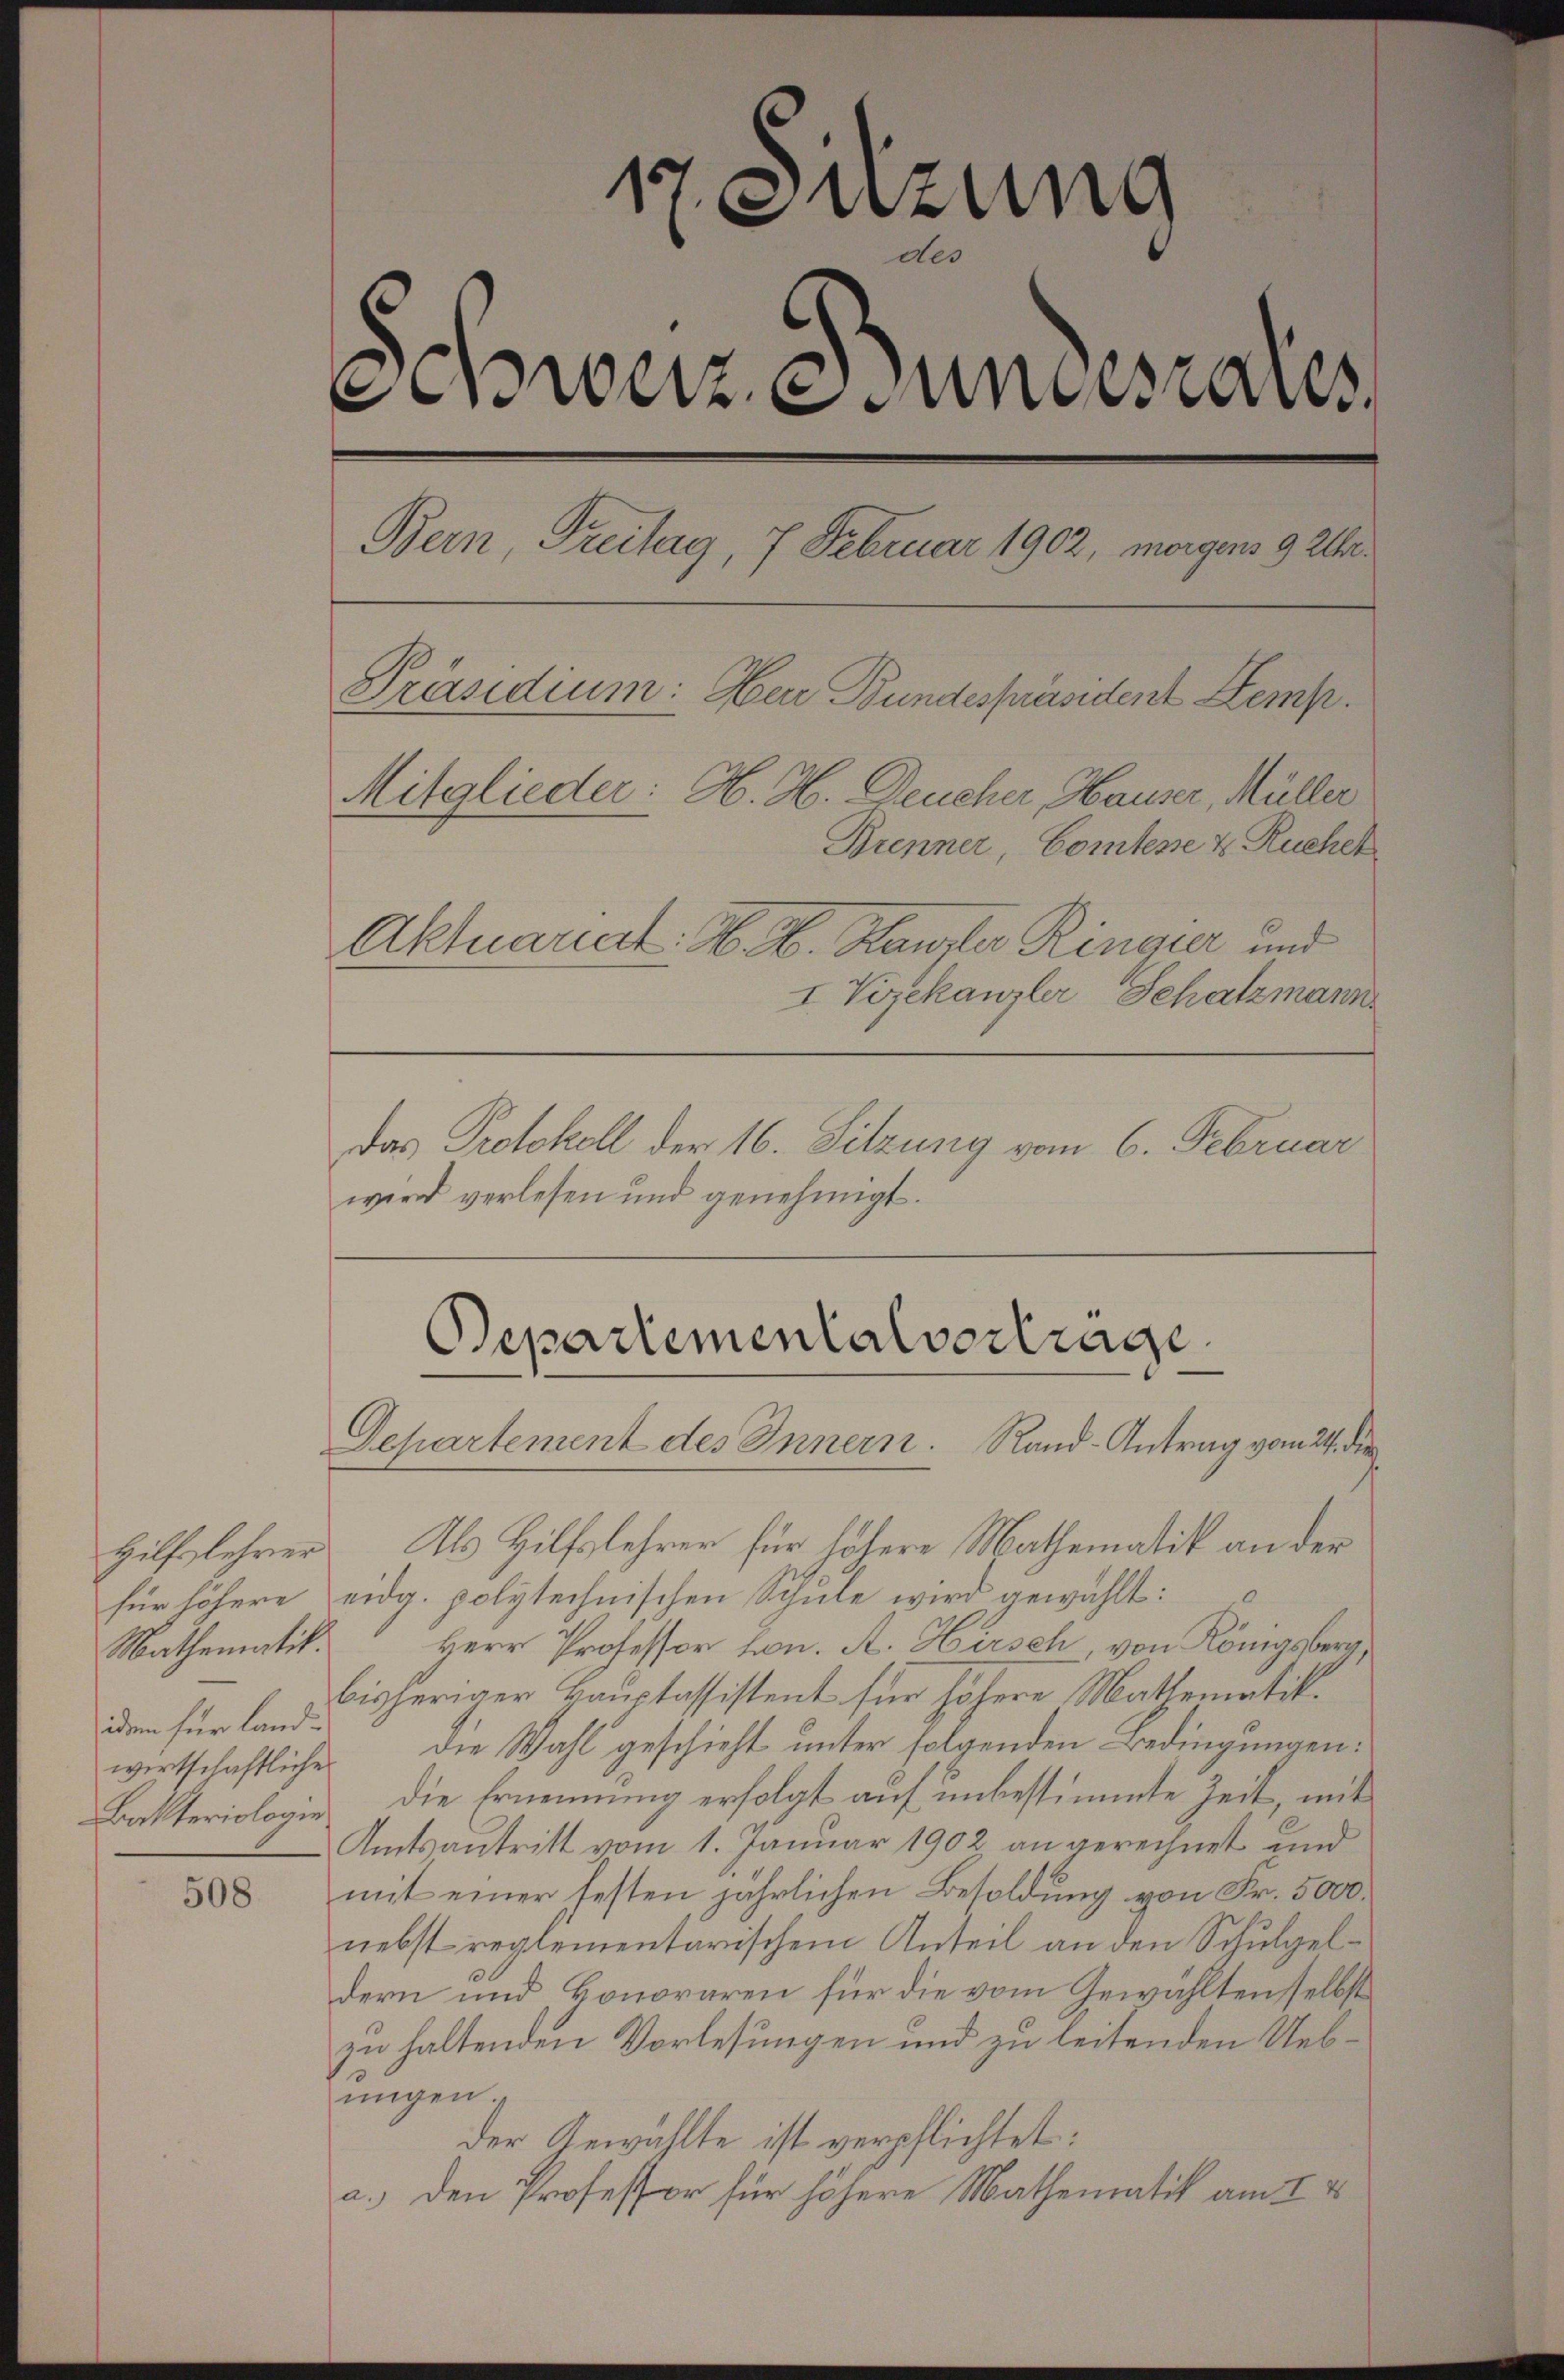
Hilfslehrer
Mathematik.
idem für Land¬
Bakteriologie

508

17. Suzung
d.
Swetz unsaus
Bern, Freitag, 7 Februar 1902, morgens 9 Uhr.
Präsidium: Herr Bundespräsident Stemp
Mitglieder: H. H. Deucher, Hauser, Müller
Brenner, Comtesse & Ruchet
Aktuariat. H. E. Kanzler Ringier und
I Vizekanzler, Schatzmann

Das Protokoll der 16. Sitzung vom 6. Februar
wird verlesen und genehmigt.

Separtementalvertrage
Departement des Innern. Rand-Antrag vom 24. die

Als Hilfslehrer für höhere Mathematik an der
für höhere eidg. polytechnischen Schule wird gewählt:
Herr Professor hon. A. Hirsch, von Königsberg,
bisheriger Hauptassistent für höhere Mathematik.
wirtschaftliche die Wahl geschieht unter folgenden Bedingungen:
die Ernennung erfolgt auf unbestimmte Zeit, mit
Amtsantritt vom 1. Januar 1902 an gerechnet und
mit einer festen jährlichen Besoldung von Fr. 5000.
nebst reglementarischem Anteil an den Schulgeldern und Honoraren für die vom Gewählten selbst
zu haltenden Vorlesungen und zu leitenden Uebungen
Der Gewählte ist verpflichtet:
a.) den Professor für höhere Mathematik am 1. 4